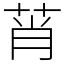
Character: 莦